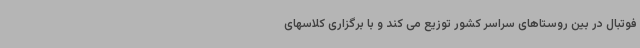
فوتبال در بین روستاهای سراسر کشور توزیع می کند و با برگزاری کلاسهای